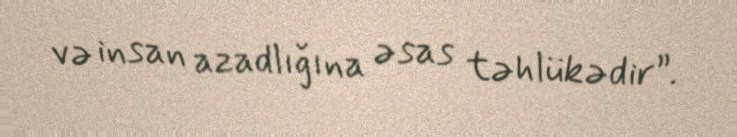
və insan azadlığına əsas təhlükədir”.